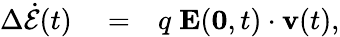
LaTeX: \begin{array}{rlr}{\Delta\dot{\mathcal{E}}(t)}&{{}=}&{q\; {\mathbf E}(\mathbf{0},t)\cdot{\mathbf v}(t),}\end{array}